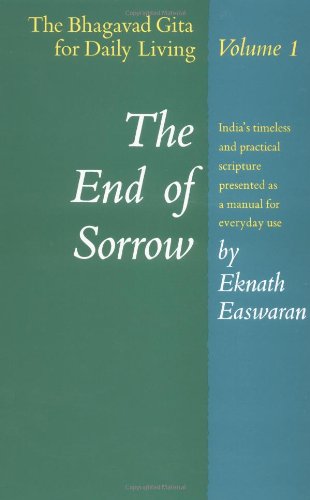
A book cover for The End of Sorrow: The Bhagavad Gita for Daily Living, Volume I [India's timeless and practical scripture presented as a manual for everyday use]; Eknath Easwaran; Religion & Spirituality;